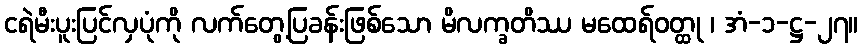
ငရဲမီးပူးပြင်လှပုံကို လက်တွေ့ပြခန်းဖြစ်သော မိလက္ခတိဿ မထေရ်ဝတ္ထု ၊ အံ-၁-ဋ္ဌ-၂၇။